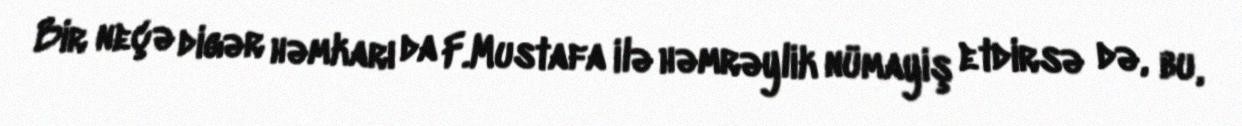
Bir neçə digər həmkarı da F.Mustafa ilə həmrəylik nümayiş etdirsə də, bu,